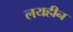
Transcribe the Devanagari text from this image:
लयहीन